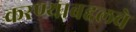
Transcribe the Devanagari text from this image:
करण्याबद्दलचे